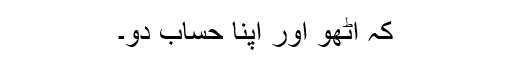
کہ اٹھو اور اپنا حساب دو۔